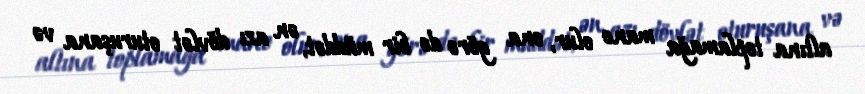
altına toplamağa mane olur, ona görə də bir müddət, ən azı dövlət oturuşana və